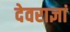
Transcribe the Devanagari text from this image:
देवराज्ञां